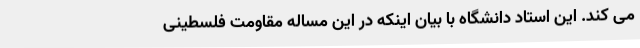
می کند. این استاد دانشگاه با بیان اینکه در این مساله مقاومت فلسطینی